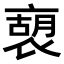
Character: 𧛫